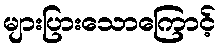
များပြားသောကြောင့်